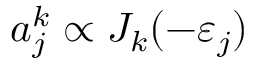
a _ { j } ^ { k } \propto J _ { k } ( - \varepsilon _ { j } )